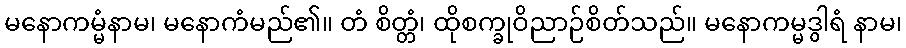
မနောကမ္မံနာမ၊ မနောကံမည်၏။ တံ စိတ္တံ၊ ထိုစက္ခုဝိညာဉ်စိတ်သည်။ မနောကမ္မဒွါရံ နာမ၊